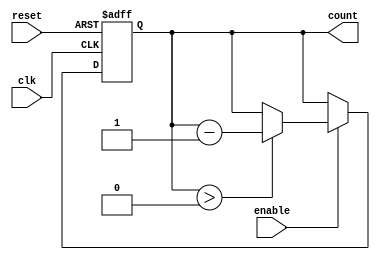
module MemoryBlocksDownCounter #(
    parameter N = 8  // Parameter for maximum count value (can be adjusted)
)(
    input wire clk,     // Clock signal
    input wire reset,   // Asynchronous reset signal
    input wire enable,  // Enable signal for counting
    output reg [N-1:0] count // Current count value in binary format
);

// Initial block to set the default count value
initial begin
    count = N;  // Initialize count to N at the start
end

// Asynchronous reset and counting operation
always @(posedge clk or posedge reset) begin
    if (reset) begin
        count <= N;  // Reset count to N
    end else if (enable) begin
        if (count > 0) begin
            count <= count - 1;  // Decrement count if greater than zero
        end
    end
end

endmodule